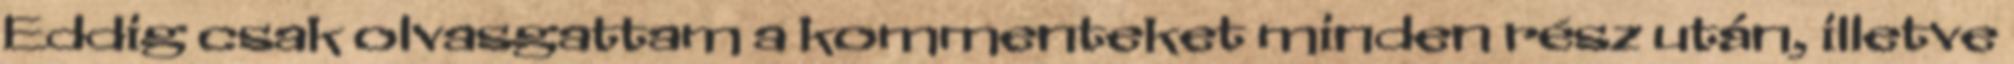
Eddig csak olvasgattam a kommenteket minden rész után, illetve